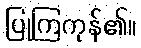
ပြုကြကုန်၏။